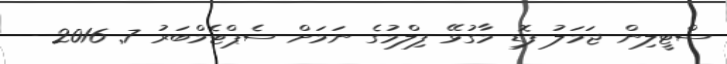
ސްޓީލިން ޖަމަލު ފޮޑި މާގުޅޭ ފިލްމުގެ ނަމަށް ސެޕްޓެމްބަރު 7